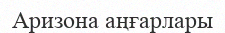
Аризона аңғарлары